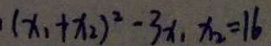
( x _ { 1 } + x _ { 2 } ) ^ { 2 } - 3 x _ { 1 } x _ { 2 } = 1 6